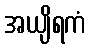
အယျိရကံ